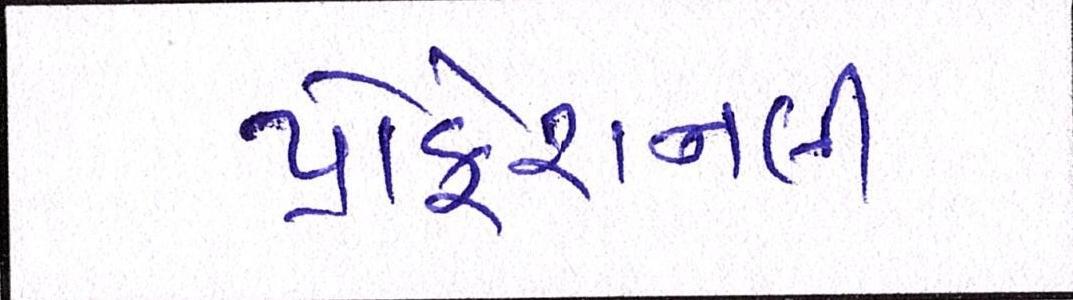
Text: પ્રોફેશનલી